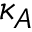
\kappa _ { A }